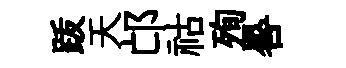
䟦天邙祜殉晷